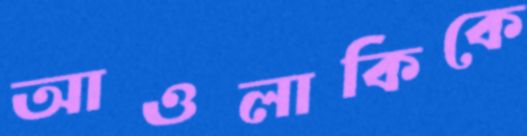
আওলাকিকে